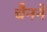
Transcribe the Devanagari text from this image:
चैनने